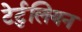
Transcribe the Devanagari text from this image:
टेर्टुलियन